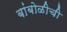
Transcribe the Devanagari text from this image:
बांबोळीची